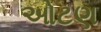
ઓટણ